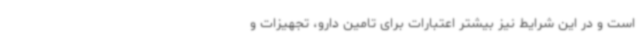
است و در این شرایط نیز بیشتر اعتبارات برای تامین دارو، تجهیزات و